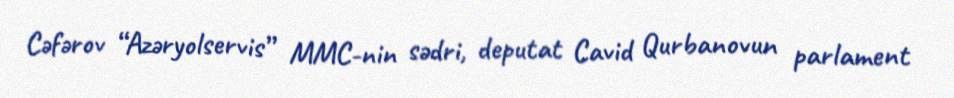
Cəfərov “Azəryolservis” MMC-nin sədri, deputat Cavid Qurbanovun parlament